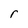
Character: r